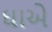
ઘાએ